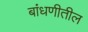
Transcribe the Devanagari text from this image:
बांधणीतील